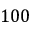
1 0 0